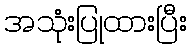
အသုံးပြုထားပြီး